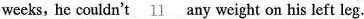
weeks, he couldn't \underline{11} any weight on his left leg.